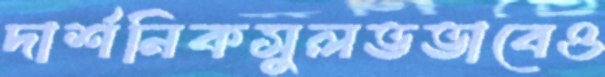
দার্শনিকসুলভভাবেও